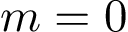
m = 0